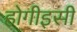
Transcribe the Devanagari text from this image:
होगीइसी